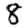
Digit: 8